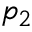
p _ { 2 }